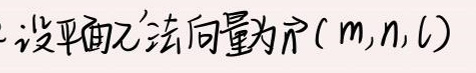
设平面\(\alpha\)法向量为\(\vec{n}(m,n,l)\)